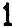
1